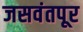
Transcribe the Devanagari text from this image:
जसवंतपूर